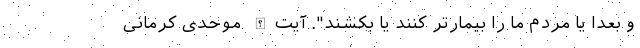
و بعدا یا مردم ما را بیمارتر کنند یا بکشند". آیت‌الله موحدی کرمانی